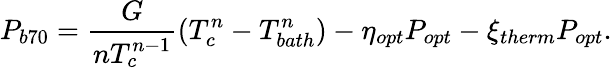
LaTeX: P_{b70}=\frac{G}{nT_{c}^{n-1}}(T_{c}^{n}-T_{bath}^{n})-\eta_{opt}P_{opt}-\xi_{therm}P_{opt}.